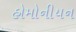
હોમોનીયન